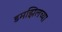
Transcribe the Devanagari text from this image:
डमझिलच्या